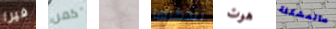
فيرا كمن يجب تتذكرها هوت مالمشكلة